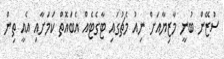
ސުޒޭން ބުނީ މާޒިޔާއަށް ނިއު މެޗުގައި ޓާގެޓެއް އެބައޮތް ކަމަށާއި އެއީ ތިން